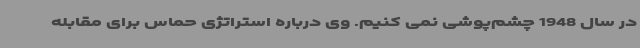
در سال 1948 چشم‌پوشی نمی کنیم. وی درباره استراتژی حماس برای مقابله